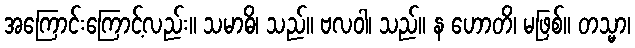
အကြောင်းကြောင့်လည်း။ သမာဓိ၊ သည်။ ဗလဝါ၊ သည်။ န ဟောတိ၊ မဖြစ်။ တသ္မာ၊